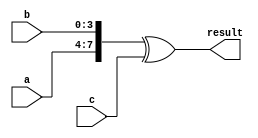
module vector_continuous_assignment (
    input wire [3:0] a,         // 4-bit input signal a
    input wire [3:0] b,         // 4-bit input signal b
    input wire [3:0] c,         // 4-bit input signal c
    output wire [7:0] result    // 8-bit output signal
);

// Continuous assignment of the vector signal 'result'
// Here, we concatenate 'a' and 'b', and XOR it with 'c'
assign result = {a, b} ^ c;   // result is the concatenation of a and b, XORed with c

endmodule